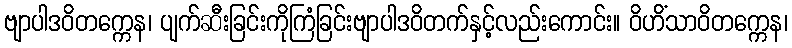
ဗျာပါဒဝိတက္ကေန၊ ပျက်ဆီးခြင်းကိုကြံခြင်းဗျာပါဒဝိတက်နှင့်လည်းကောင်း။ ဝိဟိံသာဝိတက္ကေန၊